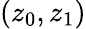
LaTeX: (z_{0},z_{1})